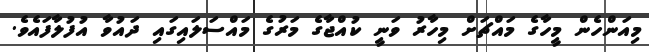
މިއަންހެން މީހާގެ މައްޗަށް މިހާރު ވަނީ ކުއްޖާގެ މަރުގެ މައްސަލައިގައި ދައުވާ އުފުލާފައެވެ.